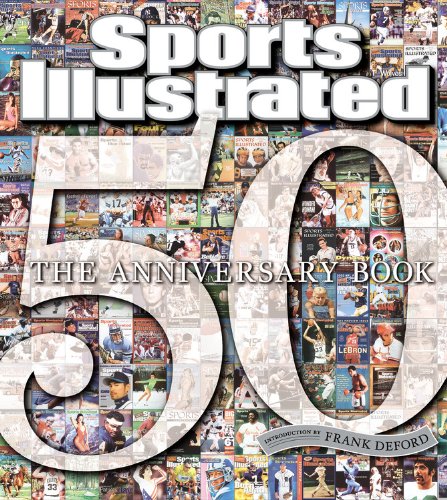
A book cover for Sports Illustrated 50 Years: The Anniversary Book; Editors of Sports Illustrated; Arts & Photography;